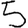
Digit: 5